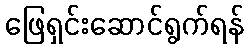
ဖြေရှင်းဆောင်ရွက်ရန်